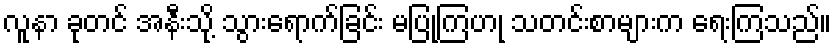
လူနာ ခုတင် အနီးသို့ သွားရောက်ခြင်း မပြုကြဟု သတင်းစာများက ရေးကြသည်။